Leaving Certificate Examination (including Day School Certificate (Higher) General paper), 1935
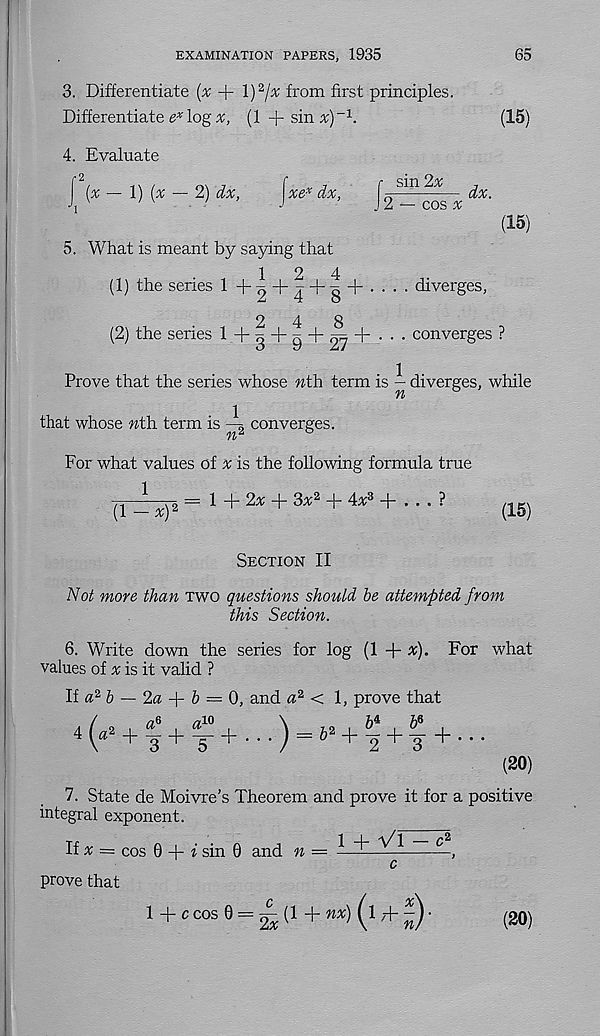
EXAMINATION PAPERS, 1935
65
3. Differentiate (x + l) 2 jx from first principles.
Differentiate log
(l+sin#) -1 .
(15)
4. Evaluate
^ [x -l) {x- 2) dx,
jxe*dx,
\ 2
S -cosx dx '
(15)
5. What is meant by saying that
12
4
(1) the series 14-o+j + o + '- *- diverges,
Z
4
o
2
4
8
(2) the series ^ + 3 + 9 + 27 + ••• converges ?
Prove that the series whose nth term is ^ diverges, while
that whose nth. term is 4 converges.
For what values of v is the following formula true
(1-^)2 = 1 + 2^ + 3a: 2 + 4^3 + • • • ?
(lg)
Section II
Not more than two questions should be attempted from
this Section.
6. Write down the series for log (1 + #). For what
values of a: is it valid ?
If a 2 6 — 2a + & = 0, and a 2 < 1, prove that
\
A2 , &4 , &6 1
+2 + 3 +
a- 10
4 r+3+T+
(20)
7. State de Moivre’s Theorem and prove it for a positive
integral exponent.
If a; = cos 0 + i sin 0 and n = ^
—,
c
prove that
1 + c cos 0 = ^ (1 + w*) (l H- |) •
(20)